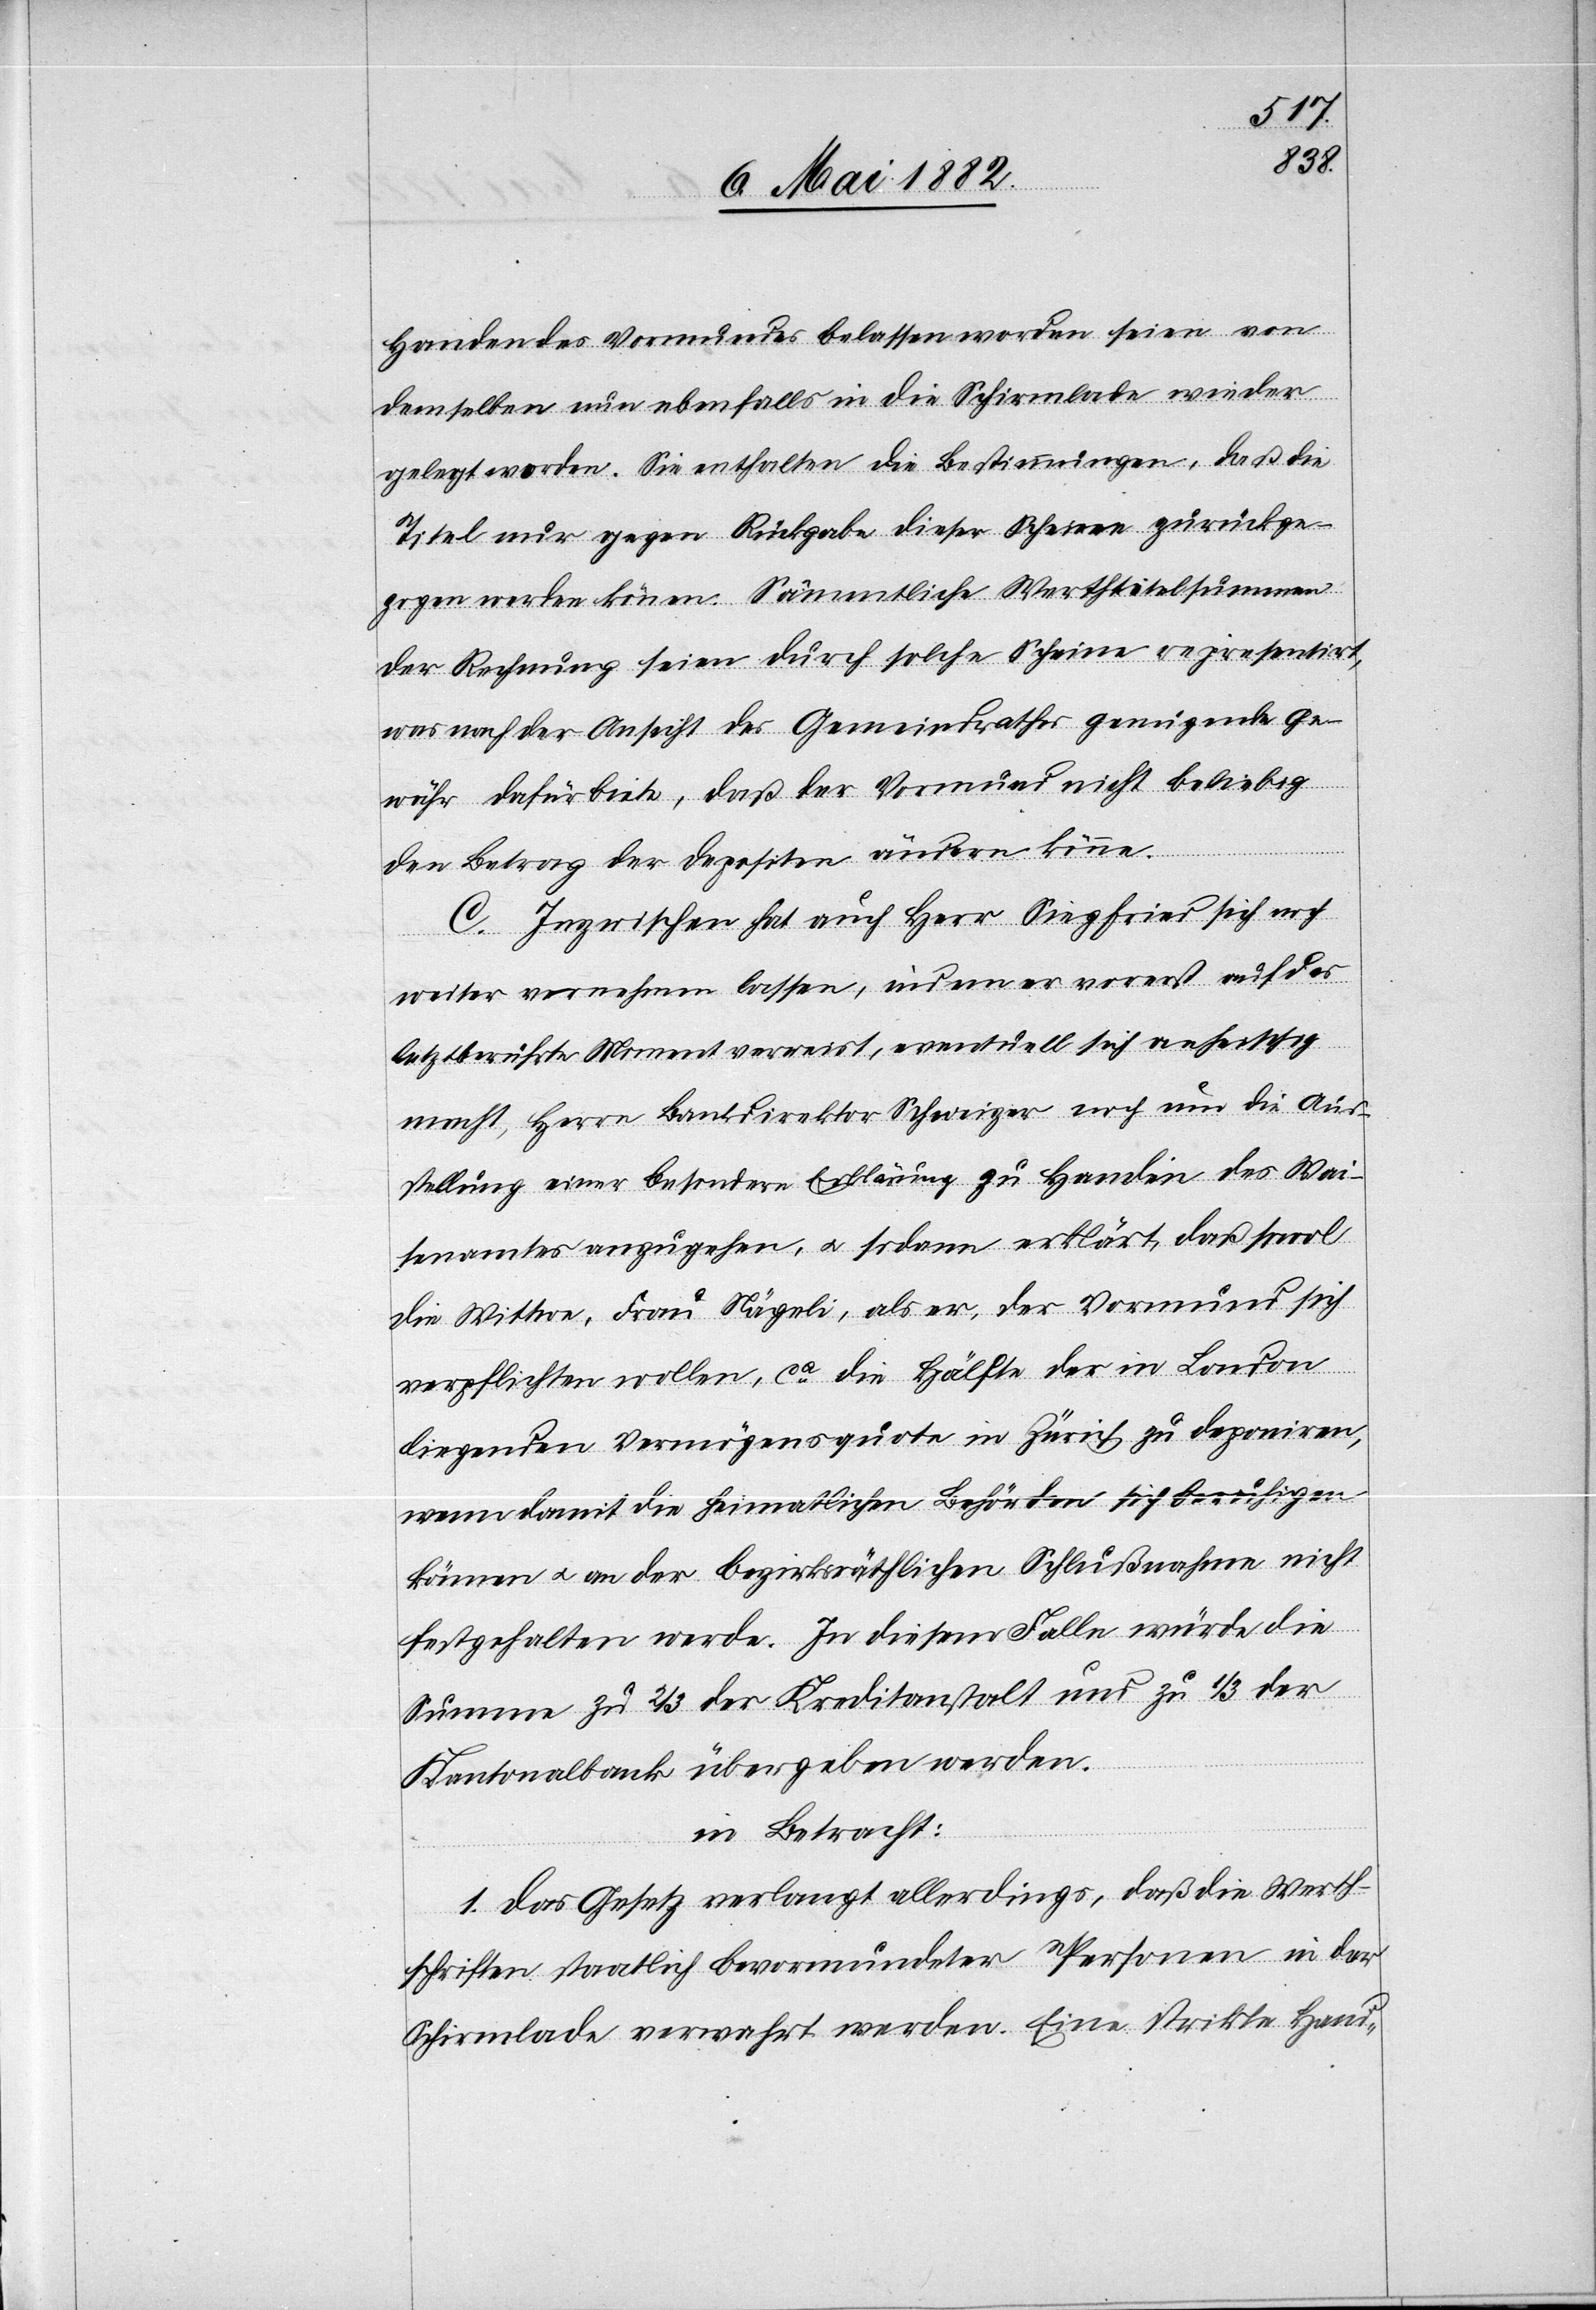
Händen des Vormundes belassen worden, seien von
demselben nun ebenfalls in die Schirmlade wieder
gelegt worden. Sie enthalten die Bestimmungen, daß die
Titel nur gegen Rückgabe dieser Scheine zurückge¬
zogen werden können. Sämmtliche Werthtitelsummen
der Rechnung seien durch solche Scheine representirt
was nach der Ansicht des Gemeindrathes genügende Ge¬
währ dafür biete, daß der Vormund nicht beliebig
den Betrag der Deposition ändern könne.
C. Inzwischen hat auch Herr Sigfried sich noch
weiter vernehmen lassen, indem er vorerst auf das
letztberührte Moment verweist, eventuell sich anheischig
macht, Herrn Bankdirektor Schweizer noch um die Aus¬
stellung einer besondern Erklärung zu Handen des Wai¬
senamtes anzugehen, u. sodann erklärt, daß sowol
die Wittwe, Frau Nägeli, als er, der Vormund sich
verpflichten wollen, ca die Hälfte der in London
liegenden Vermögensquote in Zürich zu deponiren,
wenn damit die heimatlichen Behörden sich beruhigen
können u. an der bezirksräthlichen Schlußnahme nicht
festgehalten werde In diesem Falle würde die
Summe zu 2/3 der Kreditanstalt und zu 1/3 der
Kantonalbank übergeben werden.
in Betracht:
1. Das Gesetz verlangt allerdings, daß die Werth¬
schriften staatlich bevormundeter Personen in der
Schirmlade verwahrt werden. Eine strikte Hand-